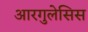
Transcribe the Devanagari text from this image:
आरगुलेसिस